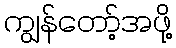
ကျွန်တော့်အဖို့